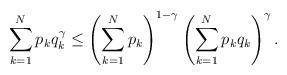
LaTeX: \begin{align*} \sum_{k=1}^N p_k q_k ^ \gamma \leq \left( \sum_{k=1}^N p_k \right)^{ 1 - \gamma } \left( \sum_{k=1}^N p_k q_k \right)^ \gamma.\end{align*}